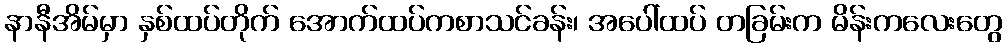
နာနီအိမ်မှာ နှစ်ထပ်တိုက် အောက်ထပ်ကစာသင်ခန်း၊ အပေါ်ထပ် တခြမ်းက မိန်းကလေးတွေ